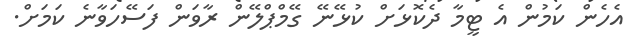
އެހެން ކަމުން އެ ޓީމާ ދެކޮޅަށް ކުޅޭނޭ ގޭމްޕްލޭން ރާވަން ފަސޭހަވާނެ ކަމަށް.